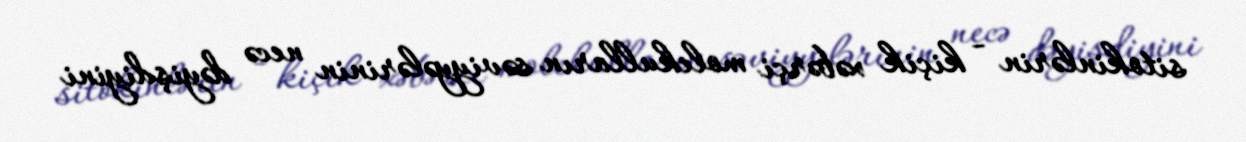
sitokinlərin - kiçik xəbərçi molekulların səviyyələrinin necə dəyişdiyini